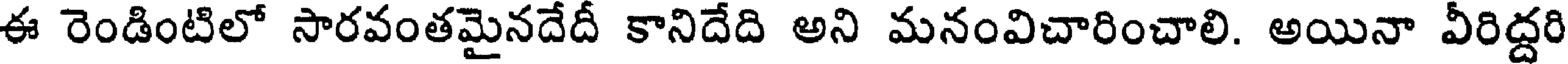
ఈ రెండింటిలో సారవంతమైనదేదీ కానిదేది అని మనంవిచారించాలి. అయినా వీరిద్దరి